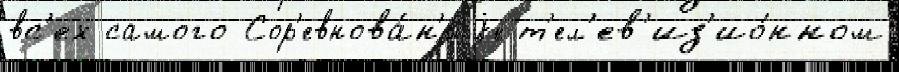
вс'ех самого Сор'евнова́н'иjе т'ел'ев'из'ио́нном